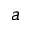
a